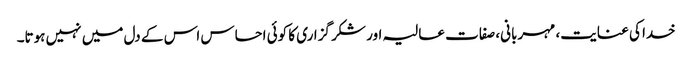
خدا کی عنایت، مہربانی، صفات عالیہ اور شکر گزاری کا کوئی احساس اس کے دل میں نہیں ہوتا۔